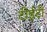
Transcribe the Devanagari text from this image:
टीईटी